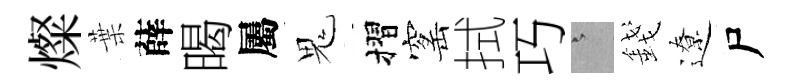
燦葉薛暍屬鬼摺窰拭巧澹錢遼尸